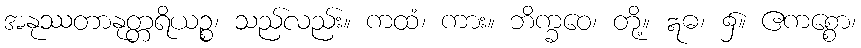
အနုဿတာနုတ္တရိယဉ္စ၊ သည်လည်း။ ကထံ၊ ကား။ ဘိက္ခဝေ၊ တို့။ ဣဓ၊ ၌။ ဧကစ္စော၊